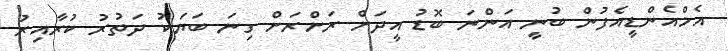
އެމްއެންޑީއެފުން ބުނީ އަންނަ ބޮޑު އީދަށް ރަށްރަށް ގިނަ ބަޔަކު ދަތުރު ކުރާއިރު